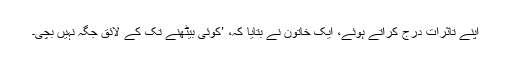
اپنے تاثرات درج کراتے ہوئے، ایک خاتون نے بتایا کہ، ’کوئی بیٹھنے تک کے لائق جگہ نہیں بچی۔